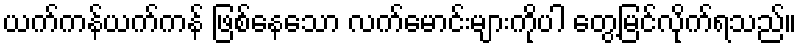
ယက်ကန်ယက်ကန် ဖြစ်နေသော လက်မောင်းများကိုပါ တွေ့မြင်လိုက်ရသည်။